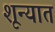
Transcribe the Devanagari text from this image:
शून्यात